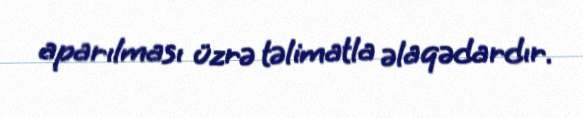
aparılması üzrə təlimatla əlaqədardır.